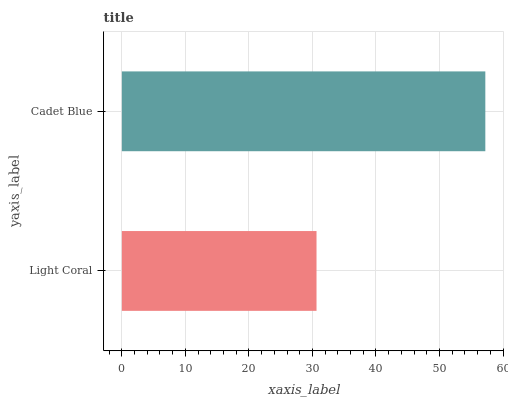
| yaxis_label | bars |
 | --- | --- |
 | Light Coral | 30.6 |
 | Cadet Blue | 57.2 |